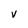
Character: V